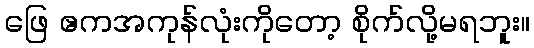
ဖြေ ဧကအကုန်လုံးကိုတော့ စိုက်လို့မရဘူး။